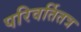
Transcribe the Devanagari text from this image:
परिवर्तितत्र